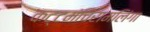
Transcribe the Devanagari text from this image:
कट्टमंचिरामलिंगा